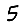
Digit: 5